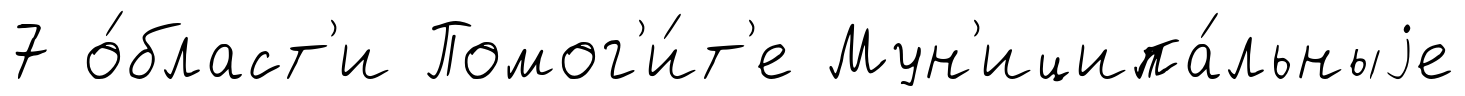
7 о́бласт'и Помог'и́т'е Мун'иципа́льныjе